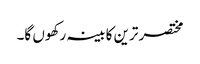
مختصر ترین کابینہ رکھوں گا۔